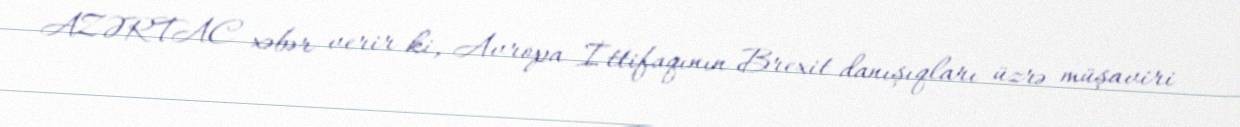
AZƏRTAC xəbər verir ki, Avropa İttifaqının Brexit danışıqları üzrə müşaviri